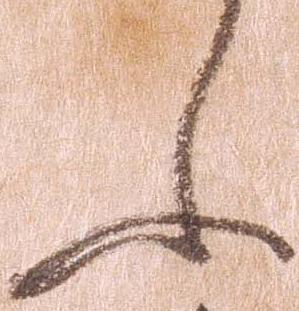
ふ